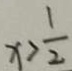
x > \frac { 1 } { 2 }